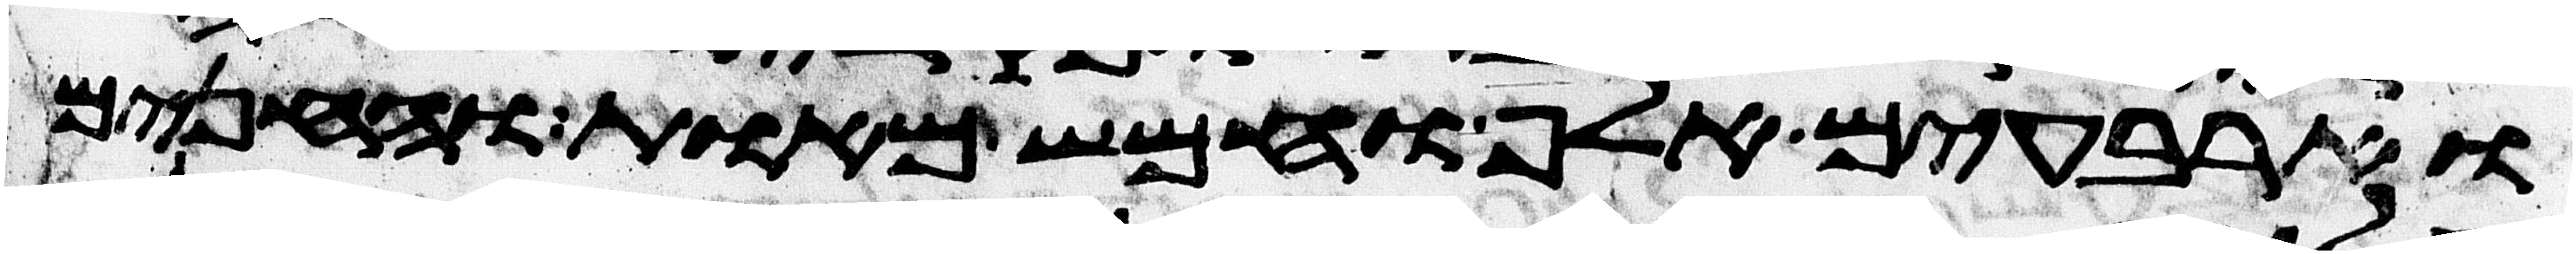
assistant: וארבעים אלף וחמש מאות והחנים